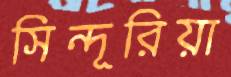
সিন্দূরিয়া